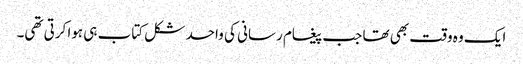
ایک وہ وقت بھی تھا جب پیغام رسانی کی واحد شکل کتاب ہی ہوا کرتی تھی۔